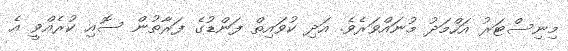
މިނިސްޓަރު އަހްމަދު މުނައްވަރެވެ. އަދި ކުވައިތް ފަންޑުގެ ފަރާތުން ސޮއި ކުރެއްވީ އެ